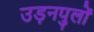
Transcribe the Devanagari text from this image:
उड़नपुलों